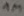
Text: 1M